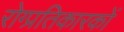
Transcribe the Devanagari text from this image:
रोग्प्रतिकारकों